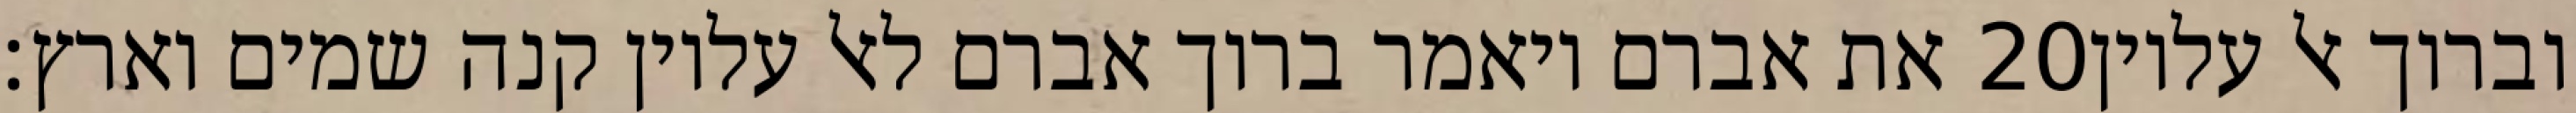
את אברם ויאמר ברוך אברם לאל עליון קנה שמים וארץ׃ ‎20‏ וברוך אל עליון